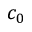
c _ { 0 }